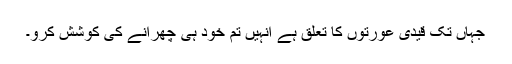
جہاں تک قیدی عورتوں کا تعلق ہے انہیں تم خود ہی چھرانے کی کوشش کرو۔